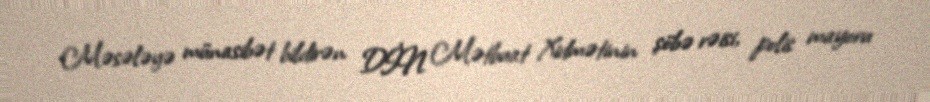
Məsələyə münasibət bildirən DİN Mətbuat Xidmətinin şöbə rəisi, polis mayoru